Report on sanitation, dispensaries, and jails in Rajputana for 1919, and on vaccination for the year 1919-1920 - 1919-1920
Year: 1919
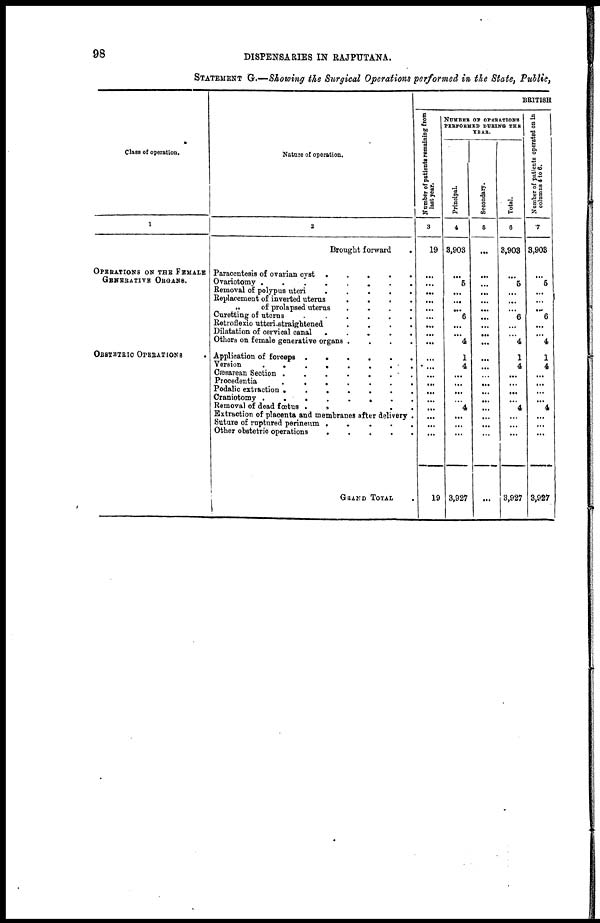
98
DISPENSARIES IN RAJPUTANA.
STATEMENT G.—Showing the Surgical Operations performed in the State, Public,
Class of operation.
1
OPERATIONS ON THE FEMALE
GENERATIVE ORGANS.
OBSTETRIC OPERATIONS .
Nature of operation.
2
Brought forward .
Paracentesis of ovarian cyst .
.
.
.
.
Ovariotomy .
.
.
.
.
.
.
.
Removal of polypus uteri
.
.
.
.
.
Replacement of inverted uterus
.
.
.
.
„
of prolapsed uterus
.
.
.
.
Curetting of uterus
.
.
.
.
.
Retroflexio utteri-straightened
.
.
.
.
Dilatation of cervical canal .
.
.
.
.
Others on female generative organs .
.
.
.
Application of forceps .
.
.
.
.
.
Version
.
.
.
.
.
.
. .
Cæsarean Section .
.
.
.
.
. .
Procedentia
.
.
.
.
.
.
.
Podalic extraction .
.
.
.
.
.
.
Craniotomy .
.
.
.
.
. . .
Removal of dead fœtus .
.
. .
Extraction of placenta and membranes after delivery .
Suture of ruptured perineum .
.
.
.
.
Other obstetric operations
.
.
.
.
.
GRAND TOTAL .
BRITISH
Number of patients remaining from
last year.
3
19
...
...
...
...
...
...
...
...
...
...
...
...
...
...
...
...
...
...
...
19
NUMBER OF OPERATIONS
PERFORMED DURING THE
YEAR.
Principal.
4
3,903
...
5
...
...
...
6
...
...
4
1
4
...
...
...
...
4
...
...
...
3,927
Secondary.
5
...
...
...
...
...
...
...
...
...
...
...
...
...
...
...
...
...
...
...
...
...
Total.
6
3,903
...
5
...
...
...
6
...
...
4
1
4
...
...
...
...
4
...
...
...
3,927
Number of patients operated on in
columns 4 to 6.
7
3,903
...
5
...
...
...
6
...
...
4
1
4
...
...
...
...
4
...
...
...
3,927